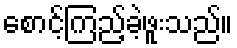
စောင့်ကြည့်ခဲ့ဖူးသည်။